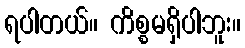
ရပါတယ်။ ကိစ္စမရှိပါဘူး။